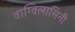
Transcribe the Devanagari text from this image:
वाग्विलासिनी